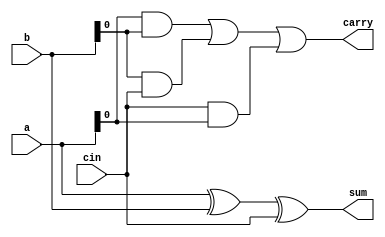
`timescale 1ns / 1ps
//////////////////////////////////////////////////////////////////////////////////
// Company: 
// Engineer: 
// 
// Design Name: 
// Module Name:    rcadata 
// Project Name: 
// Target Devices: 
// Tool versions: 
// Description: 
//
// Dependencies: 
//
// Revision: 
// Revision 0.01 - File Created
// Additional Comments: 
//
//////////////////////////////////////////////////////////////////////////////////
module rcadata(a,b,cin,sum,carry);
input[3:0] a,b;
input cin;
output [3:0] sum;
output carry;
assign sum=a^b^cin;
assign carry={(a&b)|(b&cin)|(cin&a)};
endmodule